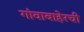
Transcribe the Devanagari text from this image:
गांवाबाहेरची